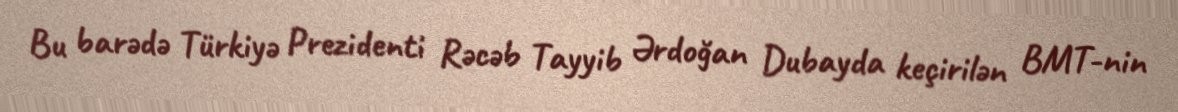
Bu barədə Türkiyə Prezidenti Rəcəb Tayyib Ərdoğan Dubayda keçirilən BMT-nin